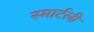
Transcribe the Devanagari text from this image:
स्मार्टली